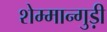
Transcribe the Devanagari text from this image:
शेम्मान्गुड़ी